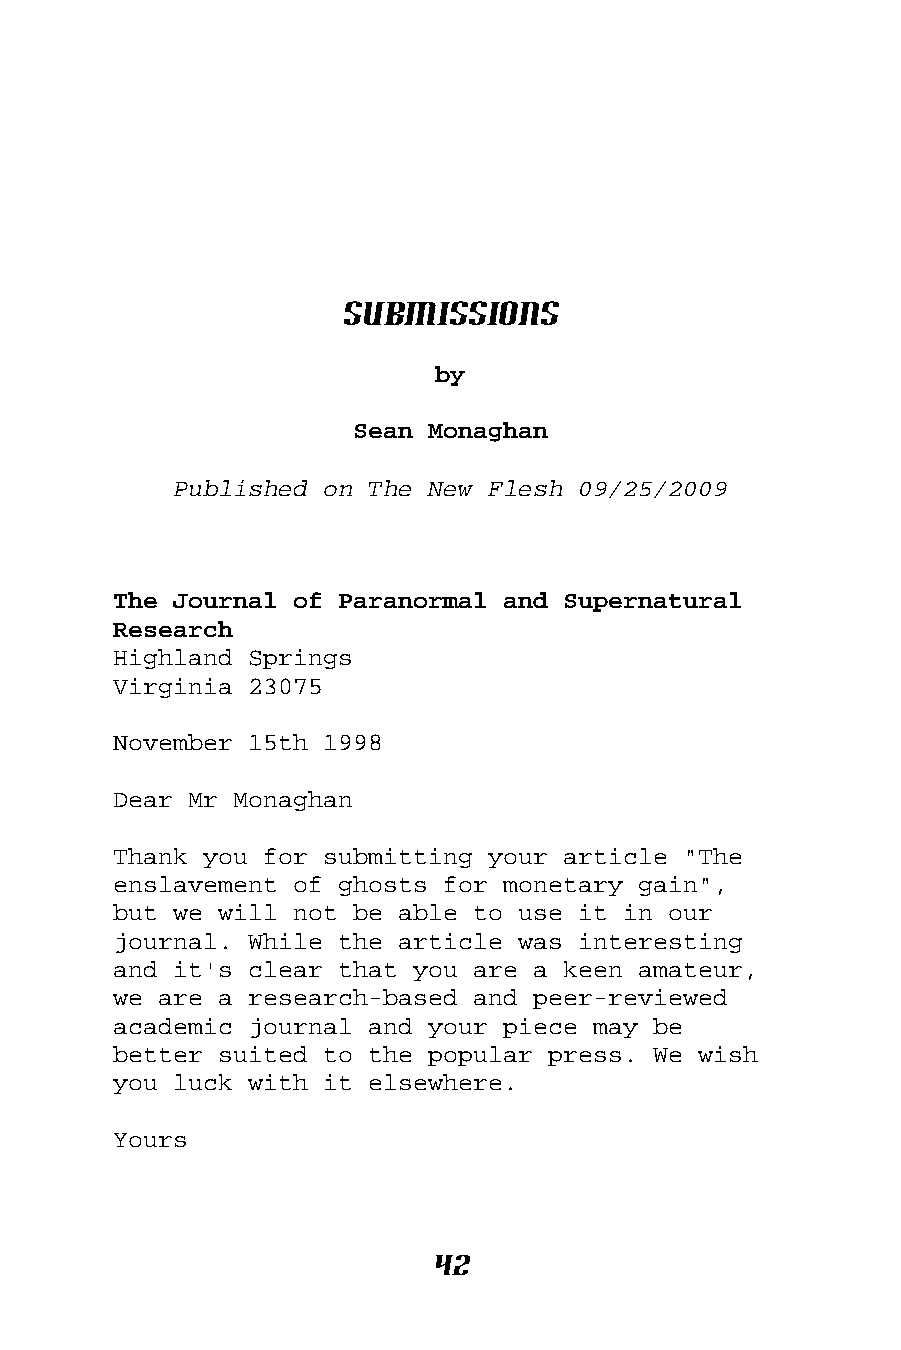
Submissions
 by
 Sean Monaghan
 Published on The New Flesh 09/25/2009
 The Journal of Paranormal and Supernatural
 Research
 Highland Springs
 Virginia 23075
 November 15th 1998
 Dear Mr Monaghan
 Thank you for submitting your article "The
 enslavement of ghosts for monetary gain",
 but we will not be able to use it in our
 journal. While the article was interesting
 and it's clear that you are a keen amateur,
 we are a research-based and peer-reviewed
 academic journal and your piece may be
 better suited to the popular press. We wish
 you luck with it elsewhere.
 Yours
 42